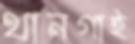
থানগাই